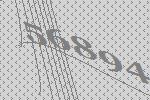
56894